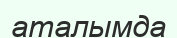
аталымда